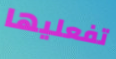
تفعليها